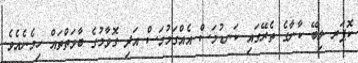
ކޮޕަރ ލިބޭ ކާނާގެ ތެރޭގައި ކަނޑުމަސް އެއްގަމުމަސް އަދި ގޮވާމުގެ ބާވަތްތައް ހިމެނެއެވެ.